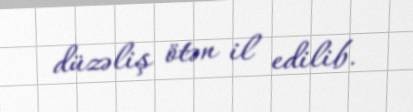
düzəliş ötən il edilib.